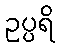
ဥပ္ပရိ